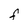
Character: f